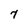
Character: 7